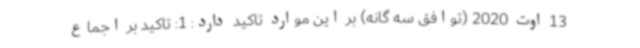
13 اوت 2020 (توافق سه گانه) بر این موارد تاکید دارد: 1: تاکید بر اجماع